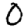
Digit: 0